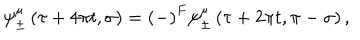
\psi _ { \pm } ^ { \mu } \left( \tau + 4 \pi t , \sigma \right) = \left( - \right) ^ { F } \psi _ { \pm } ^ { \mu } \left( \tau + 2 \pi t , \pi - \sigma \right) ,